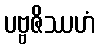
ပဗ္ဗဇိဿဟံ